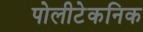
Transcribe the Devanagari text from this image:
पोलीटेकनिक